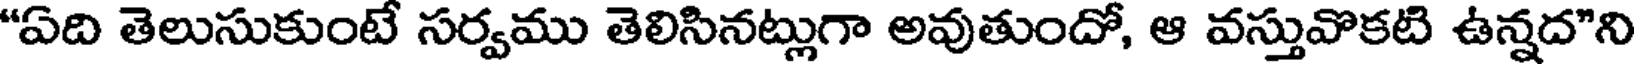
"ఏది తెలుసుకుంటే సర్వము తెలిసినట్లుగా అవుతుందో, ఆ వస్తువొకటి ఉన్నద"ని